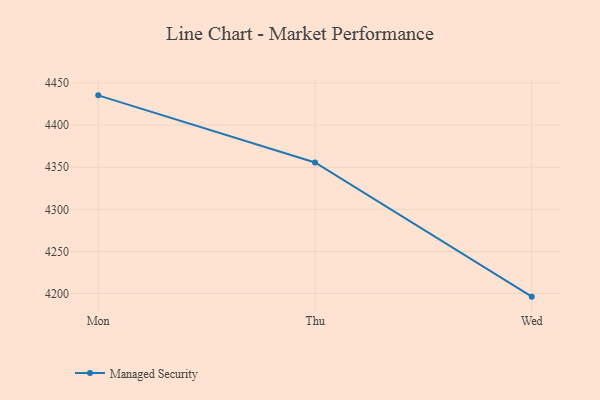
{"axis": {"x": "Day", "y": "Gross Profit (USD K)"}, "legend": ["Managed Security"], "data": [{"x": "Mon", "y": 4435.4, "type": "Managed Security"}, {"x": "Thu", "y": 4355.7, "type": "Managed Security"}, {"x": "Wed", "y": 4196.3, "type": "Managed Security"}]}